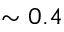
\sim 0 . 4